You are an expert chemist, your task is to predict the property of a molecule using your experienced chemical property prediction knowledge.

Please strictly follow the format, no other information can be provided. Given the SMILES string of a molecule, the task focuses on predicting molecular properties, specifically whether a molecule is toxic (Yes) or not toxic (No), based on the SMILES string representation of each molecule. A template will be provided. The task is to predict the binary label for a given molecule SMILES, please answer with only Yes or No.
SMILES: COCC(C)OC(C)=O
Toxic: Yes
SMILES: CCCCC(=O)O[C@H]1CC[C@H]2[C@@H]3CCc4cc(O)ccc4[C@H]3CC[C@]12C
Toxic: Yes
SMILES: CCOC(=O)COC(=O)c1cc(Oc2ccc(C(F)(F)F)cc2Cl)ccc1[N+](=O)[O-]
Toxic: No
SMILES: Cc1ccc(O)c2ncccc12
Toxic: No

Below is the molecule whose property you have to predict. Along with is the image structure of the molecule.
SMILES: [As]#[In]
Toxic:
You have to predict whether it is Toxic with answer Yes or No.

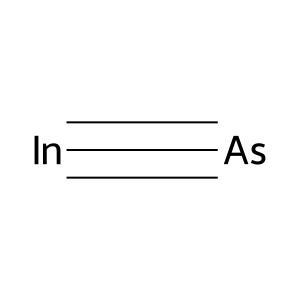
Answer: No